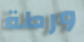
ورطة